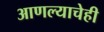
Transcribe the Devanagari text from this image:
आणल्याचेही